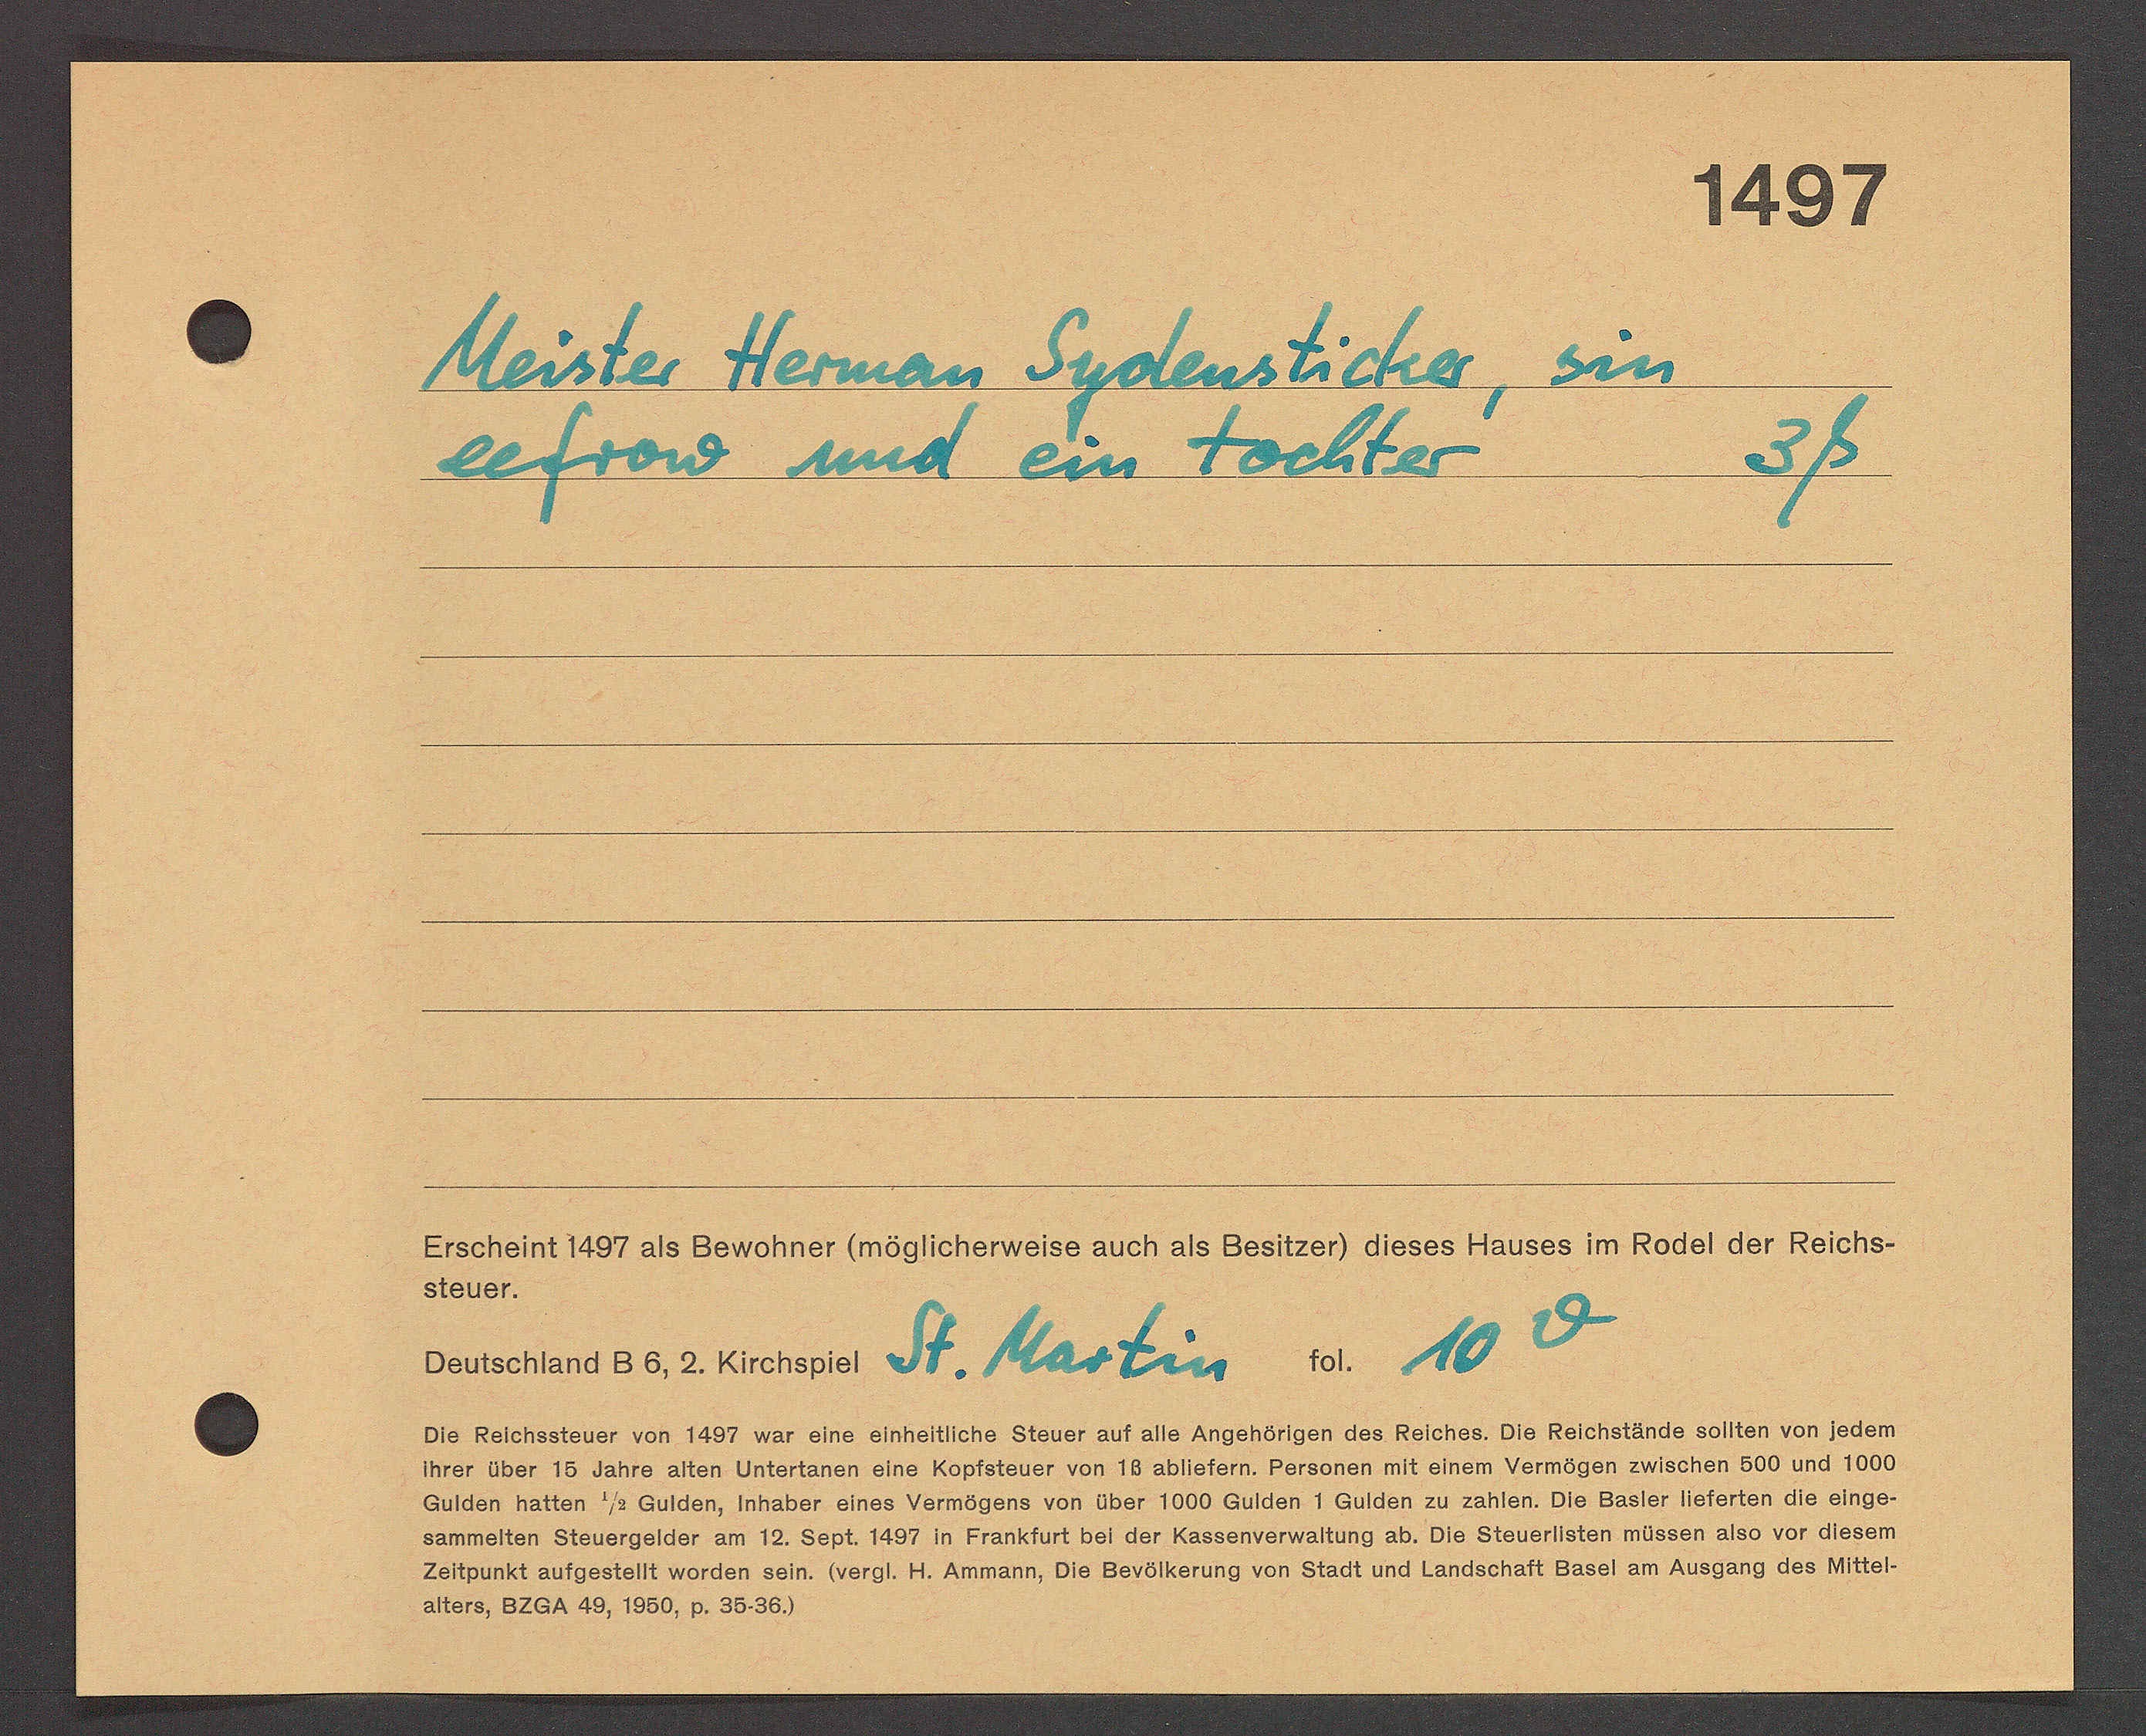
Transcript:
sen
Meister Herman Sydensticker
3ß
eefrow und ein tochter
SERSTTADT AS BoNoUNDTADHCNDNDBU AUCH AS BASTUDT BASES HAUSES S RoADT ADT BASERS.
15401.
10
. 10
Domostard A6. 2 prenower St. Martin
ta RotetSStover von 1458 vor eine Anhotttiche Stouer aot stte angehörigen das Rotches. Ote Rotchslände Sotten von soden
Wot Ober 15 Janro aten Antorlanen eine Koststener von 18 Abtotern Consonen t onem Vormögen Zwischer 500 ud 1000
Indon Walten Hs Aotdan, Mhaber stnas Vormögens von Aber 1000 butden 1 lutden zu Lahten. Oto Daster 11510410n Sto st90¬
Sammotten Stosergotdor an 12. Sopt. 143I in Frantlart bst der Kausenowattung ab. Oto StoporIISton näden A50 vor 11050
Otbunkt ANTDOSESTR Norden SA. Wordt. H. Rann, D DoNSURSRUNd Won STAD UNDEAASERAT BASOt A AASBAud AoS HAo1
1013, D2 At Ao 1500, v. 30361

183